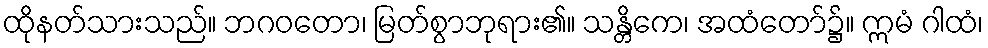
ထိုနတ်သားသည်။ ဘဂဝတော၊ မြတ်စွာဘုရား၏။ သန္တိကေ၊ အထံတော်၌။ ဣမံ ဂါထံ၊